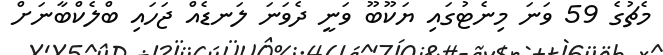
މެޗުގެ 59 ވަނަ މިނެޓުގައި ޔަކޫބޫ ވަނީ ދެވަނަ ލަނޑެއް ޖަހައި ބްލެކްބާނަށް